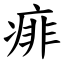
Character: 痱